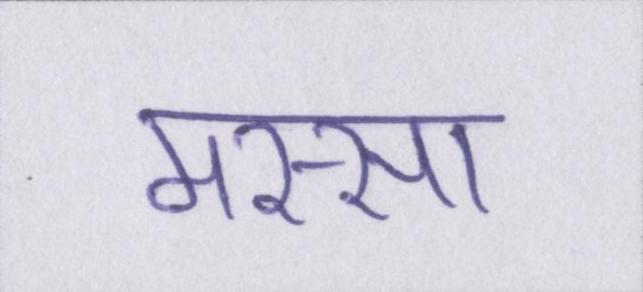
मस्सा